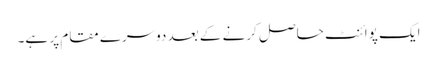
ایک پوائنٹ حاصل کرنے کے بعد دوسرے مقام پر ہے۔